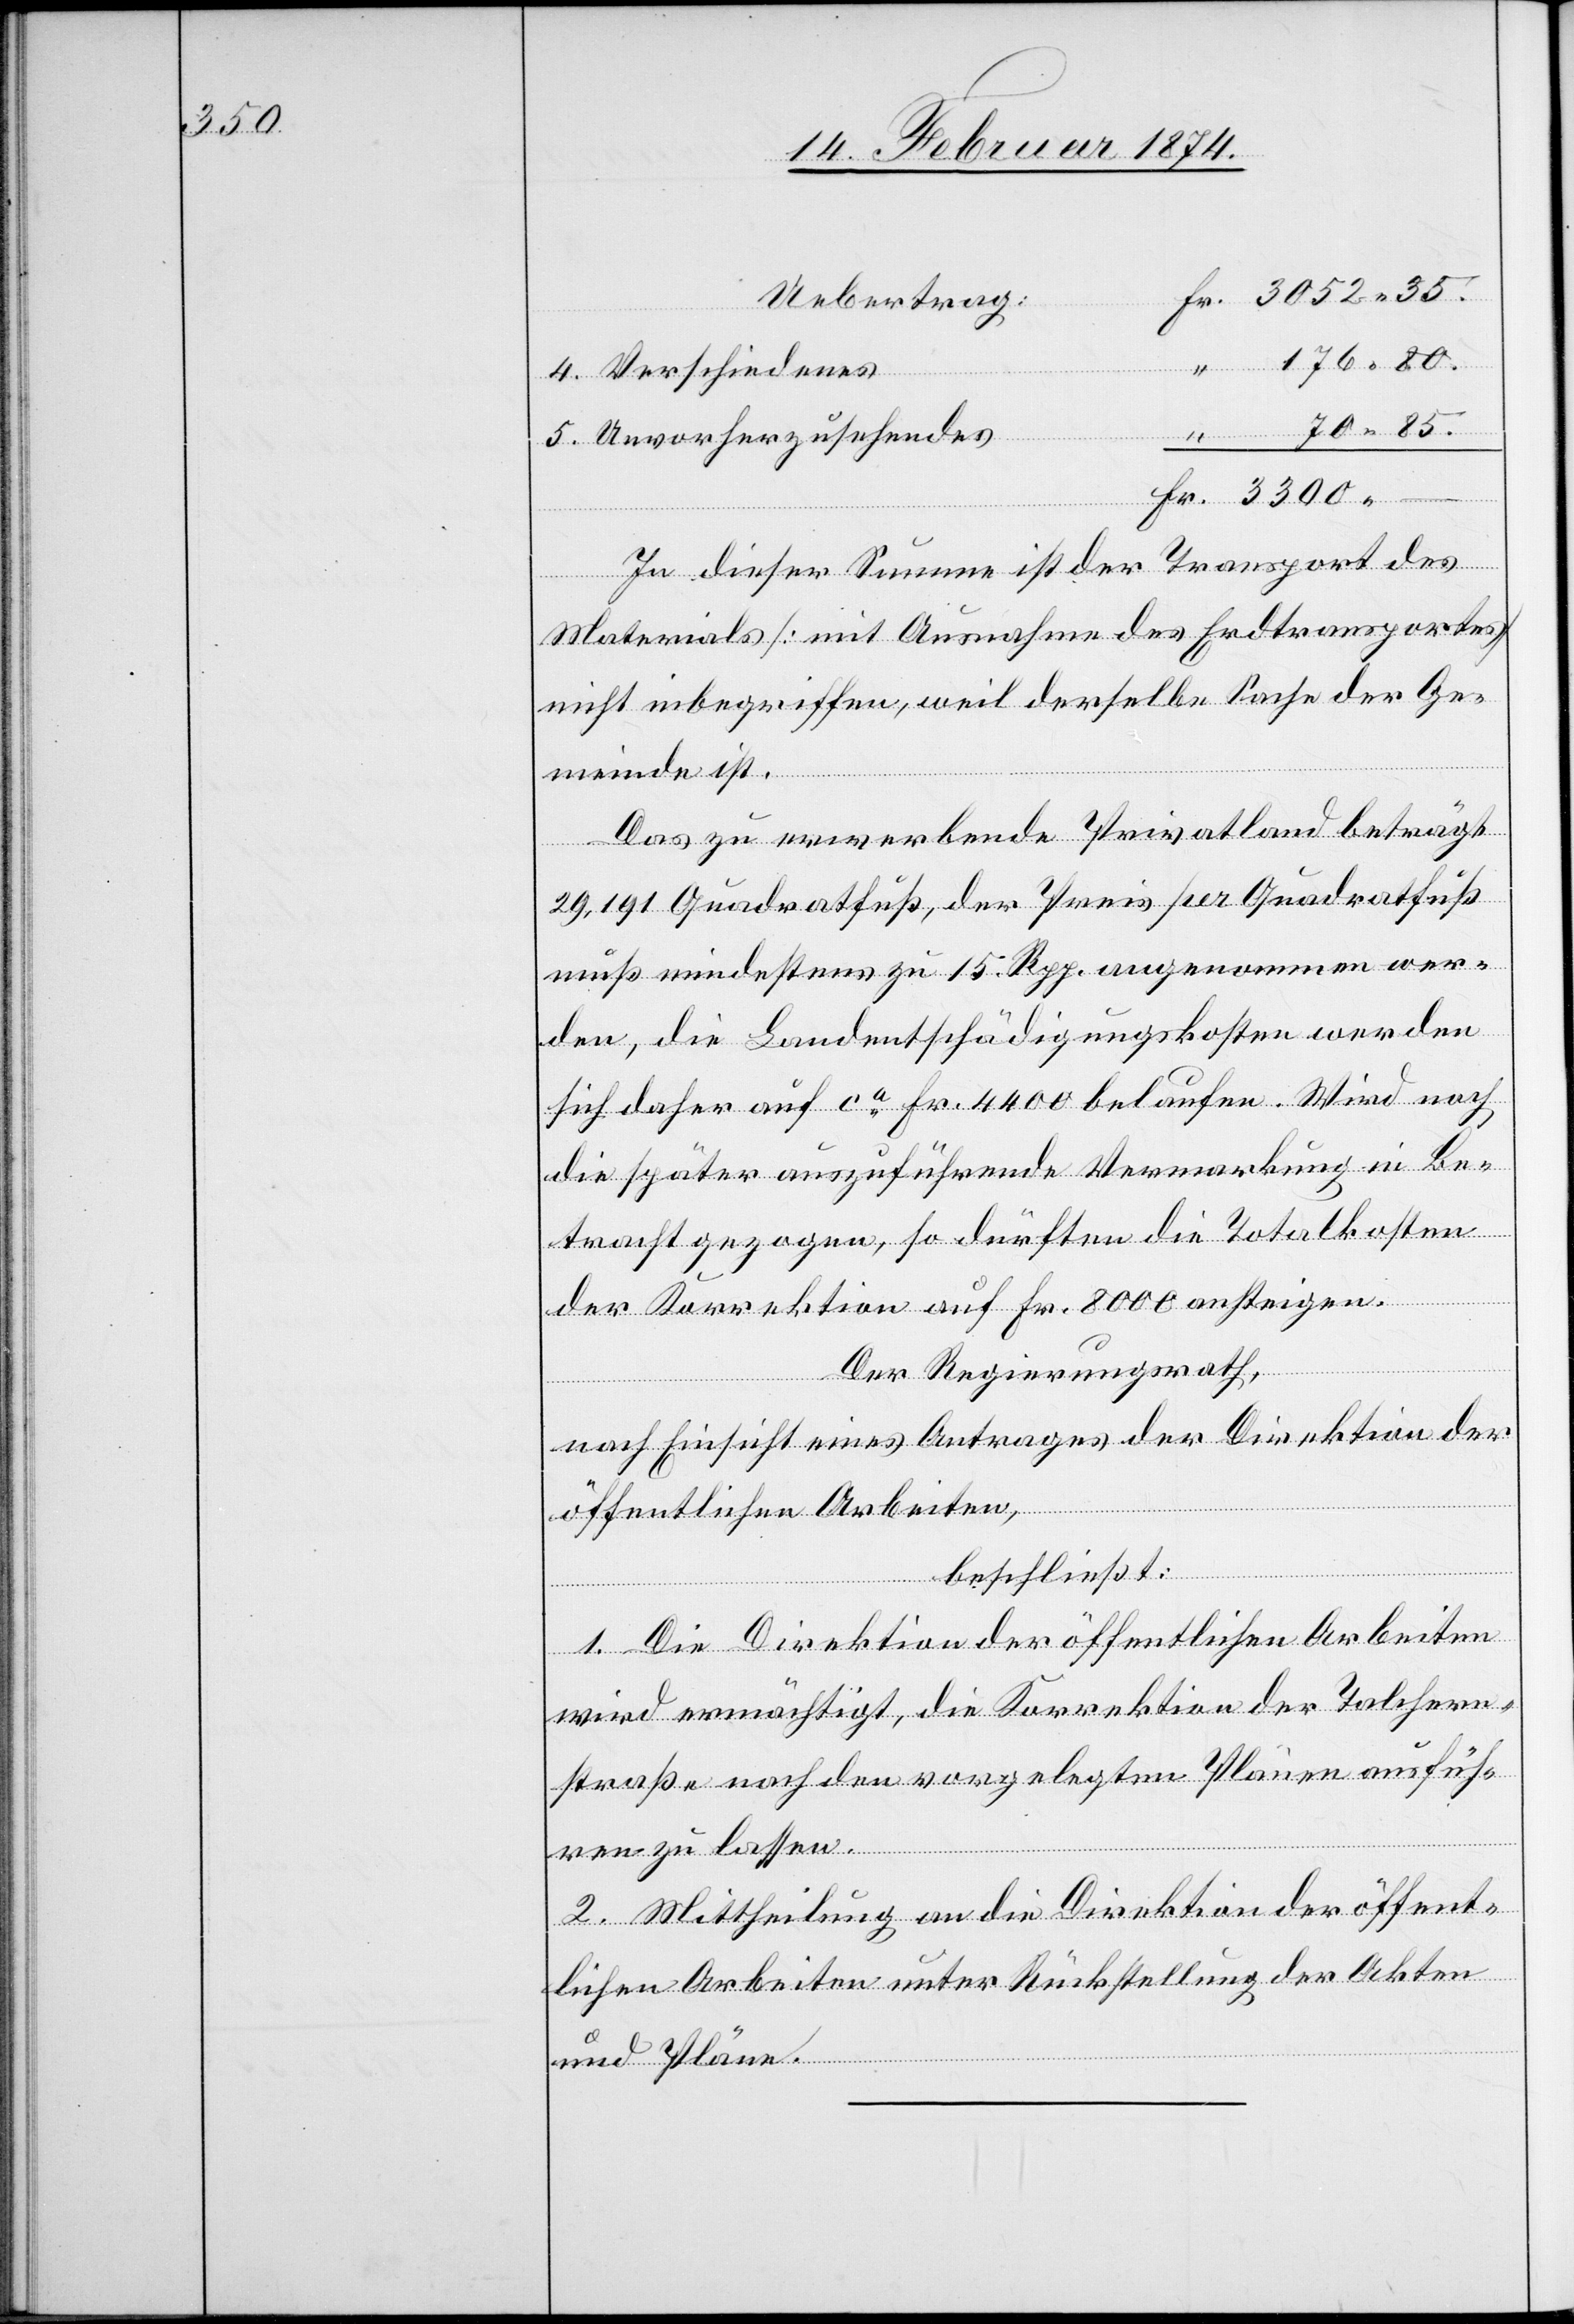
3300.–

Uebertrag:
70.85.
Fr.
Unvorherzusehendes
In dieser Summe ist der Transport des
“
Materials [mit Ausnahme des Erdtransports]
nicht inbegriffen, weil derselbe Sache der Ge¬
meinde ist.
Das zu erwerbende Privatland beträgt
29.191 Quadratfuß, der Preis per Quadratfuß
muß mindestens zu 15. Rpp. angenommen wer¬
den, die Landentschädigungskosten werden
sich daher auf ca Fr. 4400 belaufen. Wird noch
die später auszuführende Vermarkung in Be¬
tracht gezogen, so dürften die Totalkosten
der Korrektion auf Fr. 8000 ansteigen.
Der Regierungsrath,
nach Einsicht eines Antrages der Direktion der
öffentlichen Arbeiten,
beschließt:
1. Die Direktion der öffentlichen Arbeiten
wird ermächtigt, die Korrektion der Talchern¬
straße nach dem vorgelegten Plane ausfüh¬
ren zu lassen.
2. Mittheilung an die Direktion der öffent¬
lichen Arbeiten unter Rückstellung der Akten
und Pläne.